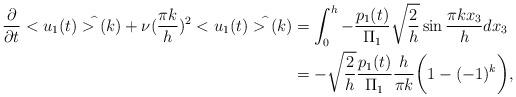
LaTeX: \begin{align*}\frac{\partial}{\partial t} <u_1(t)>^{\widehat{}}(k)+\nu (\frac{\pi k}{h})^2<u_1(t)>^{\widehat{}}(k)&=\int_0^h -\frac{p_1(t)}{\Pi_1}\sqrt{\frac{2}{h}}\sin \frac{\pi k x_3}{h} dx_3\\&=-\sqrt{\frac{2}{h}}\frac{p_1(t)}{\Pi_1}\frac{h}{\pi k}\bigg(1-(-1)^k\bigg),\end{align*}